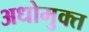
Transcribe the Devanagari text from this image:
अधोमुक्त